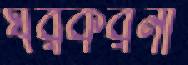
ঘরকরনা